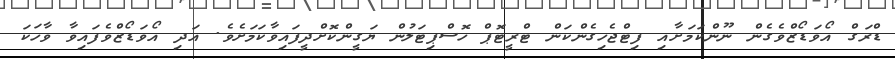
ޑްރަގް އޯވަޑޯޒްވެގެން ނޫންކަމަށާއި ފިޓްޖެހިގެންކަން ޓްރީޓޮޕް ހޮސްޕިޓަލުން ޔަގީންކޮށްދީފައިވާކަމަށެވެ. އަދި އޯވަޑޯޒްވެފައިވާ ވާހަކަ